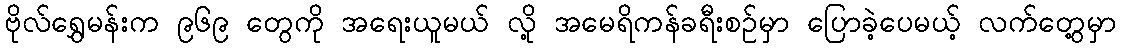
ဗိုလ်ရွှေမန်းက ၉၆၉ တွေကို အရေးယူမယ် လို့ အမေရိကန်ခရီးစဉ်မှာ ပြောခဲ့ပေမယ့် လက်တွေ့မှာ